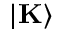
| \mathbf { K } \rangle